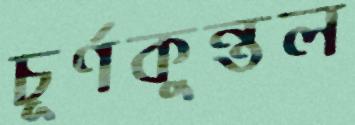
চূর্ণকুন্তল